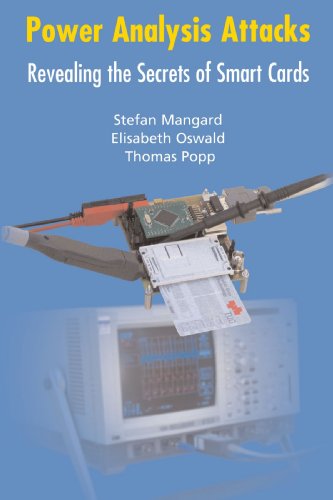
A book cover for Power Analysis Attacks: Revealing the Secrets of Smart Cards; Stefan Mangard; Computers & Technology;